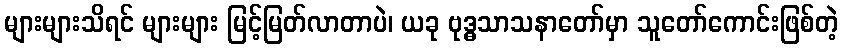
များများသိရင် များများ မြင့်မြတ်လာတာပဲ၊ ယခု ဗုဒ္ဓသာသနာတော်မှာ သူတော်ကောင်းဖြစ်တဲ့